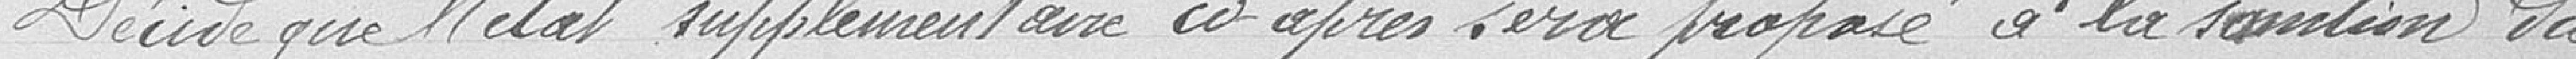
Décide que l'état supplémentaire ci-après sera proposé à la sanction du